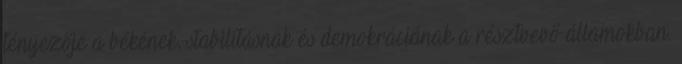
tényezője a békének, stabilitásnak és demokráciának a résztvevő államokban.